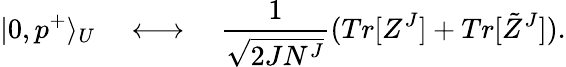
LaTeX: |0,p^{+}\rangle_{U}\quad\longleftrightarrow\quad{\frac{1}{\sqrt{2JN^{J}}}}(Tr[Z^{J}]+Tr[\tilde{Z}^{J}]).